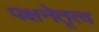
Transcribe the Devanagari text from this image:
पक्षनेतृत्व